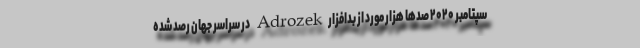
سپتامبر ۲۰۲۰ صدها هزار مورد از بدافزارAdrozek در سراسر جهان رصد شده